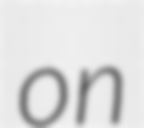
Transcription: on